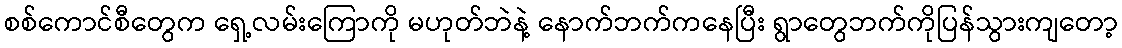
စစ်ကောင်စီတွေက ရှေ့လမ်းကြောကို မဟုတ်ဘဲနဲ့ နောက်ဘက်ကနေပြီး ရွာတွေဘက်ကိုပြန်သွားကျတော့